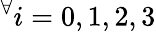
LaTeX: ^{\forall}i=0,1,2,3